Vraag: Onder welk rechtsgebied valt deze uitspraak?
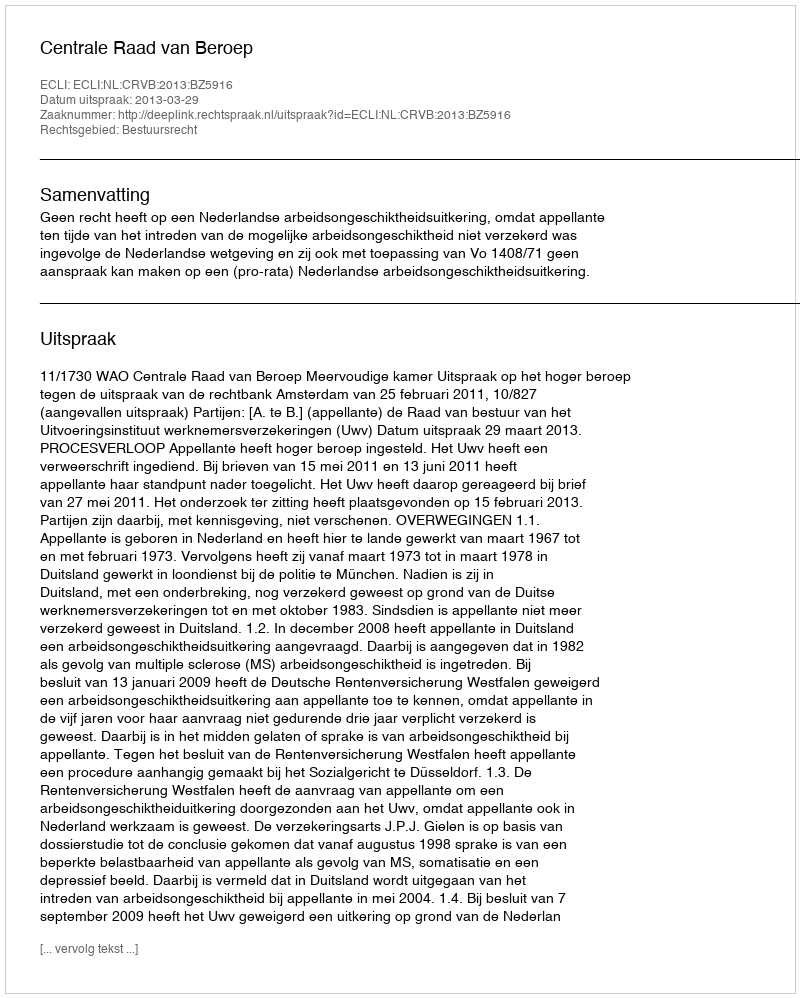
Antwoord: Bestuursrecht